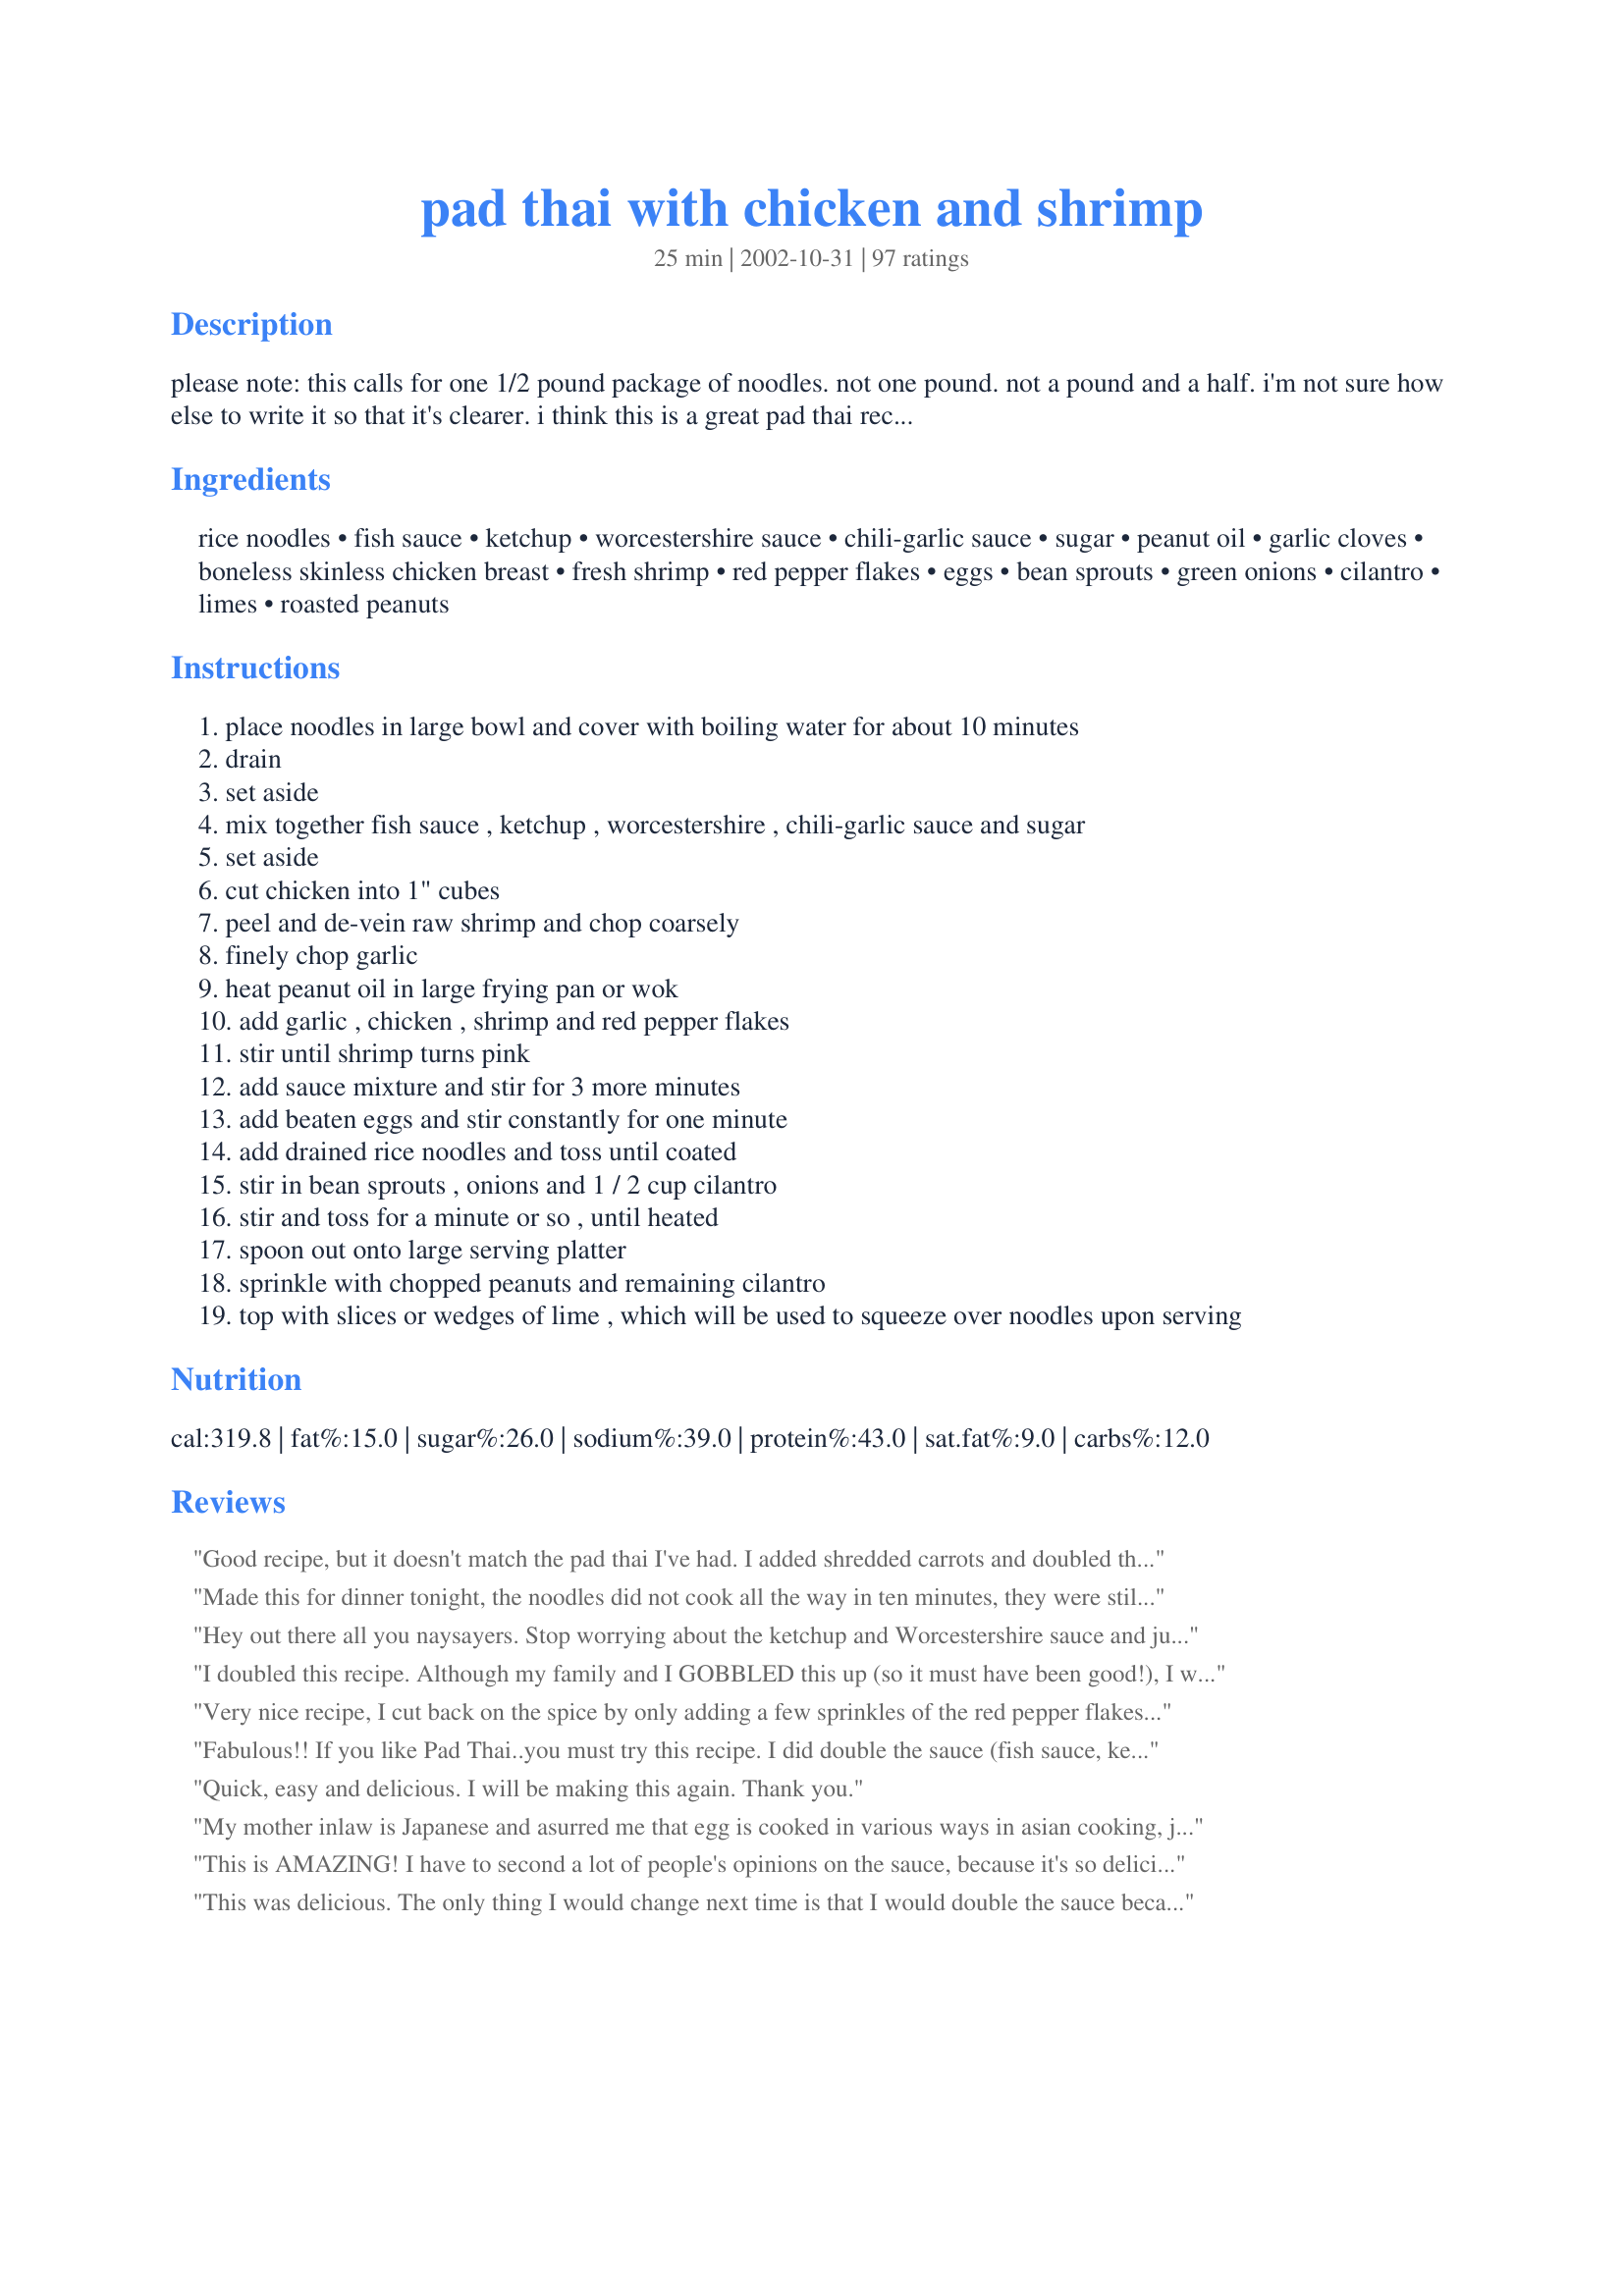
pad thai with chicken and shrimp
Preparation time: 25 minutes

please note: this calls for one 1/2 pound package of noodles. not one pound. not a pound and a half. i'm not sure how else to write it so that it's clearer.

i think this is a great pad thai recipe - quick and easy. it's certainly a favourite in our house. i would suggest making a double batch of the sauce, so the dish is even more flavorful. for those with milder tastes, cut back on the red pepper flakes. the recipe as is has quite a bite to it. this isn't a "authentic" pad thai recipe, so if that's what you are looking for, then this may not be it.

Ingredients:
rice noodles, fish sauce, ketchup, worcestershire sauce, chili-garlic sauce, sugar, peanut oil, garlic cloves, boneless skinless chicken breast, fresh shrimp, red pepper flakes, eggs, bean sprouts, green onions, cilantro, limes, roasted peanuts

Steps:
place noodles in large bowl and cover with boiling water for about 10 minutes
drain
set aside
mix together fish sauce , ketchup , worcestershire , chili-garlic sauce and sugar
set aside
cut chicken into 1" cubes
peel and de-vein raw shrimp and chop coarsely
finely chop garlic
heat peanut oil in large frying pan or wok
add garlic , chicken , shrimp and red pepper flakes
stir until shrimp turns pink
add sauce mixture and stir for 3 more minutes
add beaten eggs and stir constantly for one minute
add drained rice noodles and toss until coated
stir in bean sprouts , onions and 1 / 2 cup cilantro
stir and toss for a minute or so , until heated
spoon out onto large serving platter
sprinkle with chopped peanuts and remaining cilantro
top with slices or wedges of lime , which will be used to squeeze over noodles upon serving

Reviews:
Good recipe, but it doesn't match the pad thai I've had. I added shredded carrots and doubled the sauce. It's a good basic recipe.
Made this for dinner tonight, the noodles did not cook all the way in ten minutes, they were still hard. Also I did as many others suggested and doubled the sauce, and added the peanut butter. There was still not enough sauce! It had great flavor, although a little too salty for our taste! I may try again... but will have to tweak.
Hey out there all you naysayers. Stop worrying about the ketchup and Worcestershire sauce and just make this! This was so tasty! My family loved it! Based on the recommendations of others, I doubled the sauce ingredients. The package I used had 13 oz of rice noodles, and this recipe still worked fine. I made a few small changes. I used 1 lb of chicken, 1 lb of shrimp. I cut back the red pepper flakes to 1/4 tsp. Instead of incorporating the eggs, I scrambled them up into small bits ahead of time and then incorporated them when I added the onions and sprouts. My sauce was a little thin, probably because I didn't incorporate the eggs, but it worked out just fine. I totally forgot to add the limes at the end, but we still loved it. My 5 year old thought it was a bit too spicy, but she kept coming back for more after her lips cooled off. My 15 month old daughter cleaned her tray. I guess her milk bottle helped cool her down. She LOVED it. Definitely a keeper. Thanks so much Martha!
I doubled this recipe. Although my family and I GOBBLED this up (so it must have been good!), I was disappointed because I don't think it has enough of an authentic Pad Thai taste. Although I didn't have any roasted peanuts, which I know really adds to the flavor. I think I will keep searching for the perfect Pad Thai recipe.. :-/
Very nice recipe, I cut back on the spice by only adding a few sprinkles of the red pepper flakes as the chili-garlic sauce I found was quite spicy on its own. Had a nice light spice to it that was not overpowering, add more spice though if you like it hot. Will make again for sure.
Fabulous!! If you like Pad Thai..you must try this recipe. I did double the sauce (fish sauce, ketchup, worcestershire sauce, chili-garlic sauce & sugar), as suggested, and it was perfect. Please don't be afraid of the fish sauce..you are sure to love it in the finished product. On step 10: I added the chicken first and stir fried it for a few minutes before adding the shrimp, garlic & red pepper. I LOVED this recipe. Thank you so much!! P.S. Next time - As I'm the only one in my family who likes cilantro, I'll only use half the suggested amt. and add it only on top of mine. The limes are opt. for us too..I had it without and still loved the result.
Delish!!
Quick, easy and delicious. I will be making this again. Thank you.
My mother inlaw is Japanese and asurred me that egg is cooked in various ways in asian cooking, just like other cultures. Though this Pad Thai is not like most Asian recipes, she says the taste is not that far off from some of the regional dishes back home. Not her area, but many that she visited growing up
This is AMAZING! I have to second a lot of people's opinions on the sauce, because it's so delicious you will probably want to have way more of it than the recipe ends up making. I actually make only enough noodles and chicken for two servings (about 8 oz chicken total, and no shrimp), but I just cut the sauce ingredients in half, as though I were making enough sauce for 4 servings. So in a sense, I double the sauce but only make enough for two servings. Anyway, I use all the exact ingredients and it turns out amazing every time - and with enough for lunch leftovers the next day! Perfect and easy!
This was delicious. The only thing I would change next time is that I would double the sauce because it was slightly dry. (I should have read the reviews first and I would have known to do that to begin with). I couldn't find fish sauce so I bought oyster sauce instead and used that. I don't know if they are the same thing, or if they are totally different, but either way it seemed to work. I didn't use the shrimp, bean sprouts or limes and it was still delicious. My grocery store didn't have rice noodles so I used angel hair. It would have been better with the rice noodles but the angel hair was a decent substitute. Thanks for the recipe!
Fab! Made as directed but did not have roasted peanuts, which would be great. My daughter didn't care much for the texture of the rice noodles.
Made this tonight and it was very yummy. I took the suggestions to double the sauce and it was perfect. Will definitely make this recipe again. It's a keeper :)
Made as directed. Rather like stirfry, this is quickly put together if you patiently assemble the prep beforehand. My husband is not generally a Pad Thai lover, I was indulging myself with this recipe, but he loved it, wants it again! Go figure! So thanks for a great recipe :) Made for Name That Ingredient Tag Game
Great dish, easy prep.
Loved it, loved it ! Next time I will only use shrimp because I found myself picking around the chicken to get to the shrimp. The flavors were wonderful. Thank you
Delicious!
Not authentic, but very good! I didn't have any Worcestershire sauce so I used a sweet soy sauce. I also had to replace the sambal oelek with sriracha like some others have. Used marinated tofu cakes in place of the meat. Yum!
I had read all 86 of the reviews.... Is this an authentic Pad Thai...no...but your description of this recipe says it is not an authentic. Is this recipe good....no...it is a delicious recipe..... But a definite must in doubling the sauce or even tripling for sure. To the sauce I did add 1 Tbs of peanut butter only because I like the taste of peanut butter in my Pad Thai's. Also I cooked the chicken first then added the shrimp, being that chicken takes a little longer than shrimps. And I did cook my noodles according to the package directions. Otherwise made the recipe as it is. Served mine with some edamame beans.....This really made for a very yummy lunch. I have actually made this again this past week with Pork tenderloin thinly sliced with some shrimps, and that turned out really delicious too....Definitely has a good bite to it with the garlic chili sauce...especially when you are doubling the sauce. Really doesn't need the extra pepper flakes at all. Thanks for sharing a quick wonderful tasting recipe Martha !! We all enjoyed it.
Yum! This was lovely. My husband made this tonight. It was really nice and he was most impressed (and it takes a lot to impress him) We used left over roast pork instead of the chicken and shrimp because that is what we had. But next time we will try the recipe exactly. Thank you for a lovely recipe :)
Easy and quite tasty. I agree that the recipe as-is is too dry. Next time around, I'll be doubling the sauce as suggested. I will be making it again! Thanks!
Tonight was the second time I made this and both times it's been excellent. I did make a couple of changes, though. First, I just don't feel right about using Ketchup and Worcestershire in a Thai dish, so I used a tsp. of soy sauce and tomato paste (which is probably not authentic, either, but isn't ketchup). I also doubled the sauce and am SO glad I did. This is very, very yummy and a breeze to make if you get all of your prep together before heating the oil. Thank you so much, Martha!
This was WONDERFUL! Really flavorful and tasty... be sure not to forget to add the extra cilantro and lime juice at the end as this really makes a delicious flavor difference!! Not sure I can compare it to a traditional or "real" pad thai like some of the others as I've never had any other before, but my bf and I both loved this one and we will definitely be making it again in the future :) Thank you so much for the recipe!
Ehhhhhh, not as great as I was expecting, especially with the 4 star review. I did as others said and tripled the sauce, and left out the shrimp and added a little more crushed red pepper, but other than that, made it as the recipe directs. Tripling the sauce did the trick, it had about the right amount (although I like my food extra saucy!) My biggest complaint was the smell. I think it was the combo of fish sauce and ketchup, but it was really unappetizing. Once it all came together with the cilantro and onions, it did taste pretty good, was spicy and filling, but it's hard for me to get over that ketchup-y, fishy smell (that's still lingering around my apartment.) I might try this one again, but I wasn't highly impressed.
I gave this one star because it is not horrible. The meal itself is edible but not enjoyable if you want to eat Pad Thai. I have had Pad Thai at five different restaurants. They all tasted relatively different and they were all pretty good. This recipe should not be called Pad Thai. Maybe "Fish Sauce Noodles and Ketchup"? I feel bad for rating it horribly but I felt that I had to be honest. I would not be happy if I was served this at a restaurant. Pretty obvious ketchup taste.
This meal was really good. My family loved this meal. I love pad thai and I have always had a difficult time making it. This recipe was close to restaurant quality. I doubled the sauce and left out the cilantro (I don't care for cilantro). My family wants me to make it again. I consider that a success!! One piece of advice -- when soaking the rice noodles - stir them frequently or they will stick together. It's not fun pulling them apart!!
This recipe is way yummy and quick to prepare too. I made one change and decreased the amount of meat. I used one chicken breast which I thinly sliced and 1/3 lb shrimp which I cut in half to make bite sized pieces. This recipe makes a pretty big batch, my kids and I ate it for dinner and I have a bunch of leftovers.
Okay, this is the BOMB! I have searched and searched to find a pad thai recipe this good. I added a little extra garlic and hot pepper. Tossed the noodles with a little peanut oil to cut down on dryness. Restaurant quality!!
My family enjoyed this dish. I doubled up on the sauce used a finer noodle (only one on hand), added snow peas, tofu in addition to the chicken shrimp and eggs. This was totaly enjoyable and I would definitely makes this again.
The taste is pretty good, but I'm not sure about the measurements. I think 1 lb of noodles is too much. The same goes for the chicken and shrimp. It turned out too dry. There wasn't enough sauce.
Flavor was very good, but 1Lb of noodles is enough. The sauce went the distance with 1 Lb, but the with the other 1/2 lb, probably wouldn't have cut it. Make it to these specs and you will not be disappointed!
My hubby and I love this recipe. I double the sauce to match the noodles. I've made this recipe multiple times. Definitely try it.
Very good....I too doubled the sauce and was glad I did.
We love Thai food at my house, and this one kept calling to me, so I made it. DS thought it was excellent, and I have to admit, I really enjoyed it too! I did double the sauce, as another poster did, and I made with 1 lb. shrimp and 1/2 lb. of scallops, and cut the scallops in quarters, as they were big. Excellent, thanks!
This was my first attempt at Pad Thai. I really liked the flavor of this recipe. I did use only shrimp and no chicken because that is what we had on hand. Also, I think I used the wrong type of noodles. Mine were really thin compared to what I normally get at a restaurant if I order Pad Thai. Also, I doubled the sauce but I also added too many noodles so I think I probably ended up with the amount of sauce the recipe would produce without doubling and I wished it had more. Served with Recipe #154029 and Recipe #103243. Thank you!
Loved it, next time will use half the amount of noodles I used and will add some stir fry veggies. I will definitely make it again.
This was definately a change of pace. It was really good but a tad bit sweet. I noticed that our chili-garlic sauce and our fish sauce was the kind with sugar in it, so maybe that affected the taste a bit. I'll make this again definately, and adjust the sugar. Great potential, and with a lil tweaking this will become a regular in our menu. Thanks!!
Loved it! Made this for dinner and the entire family enjoyed it. I did double the sauce portion, which was perfect. We like spicy food, so we threw in a little more of the chili sauce. Also, substituted ground chicken for the chicken breast. Just as good. This will be a recipe we keep coming back to! Thanks!!
Fantastic!! I doubled the sauce as everyone had suggested and added 1tbsp of peanut butter to it. That made the perfect amount. I eliminated the shrimp and chicken and used well drained med firm tofu cut into 1/4" sticks. I added them at the same time as the garlic, along with a hand full of snow peas and bamboo shoots. This is my new favourite recipe!!
I adjusted the noodles down to 1/2 pound per Martha's instructions to me, but doubled the sauce anyway - I like stuff juicy - and this was perfect! Thanks - I've been looking for a pad thai recipe and I have definitely found a real keeper.
I've had the good luck to be exposed to authentic Thai food in a variety of restaurants and in private homes. Unfortunately, this recipe is not authentic pad thai.

Good pad thai is not hard to make and tamarind is not particularly hard to find if you have access to an Asian market - I would recommend trying a different recipe.

The hubby said it tasted good, but not good enough to make it again.
Tasty, easy & quick. We topped ours with roasted cashews instead of peanuts. Yum!
This was good, but definitely not the best I've ever had. Couldn't find sambal oelek, so I had to use sriracha. HOT! It was a little too sweet for my taste--I prefer more of a peanut-y pad thai. Very simple and easy to follow recipe, though. I will make it again, but yeah, not very authentic.
Yum! I omitted the fish sauce and it was great! :)
I enjoyed this. It was almost right, but something about the sauce was not quite there for me. I think maybe I would use only half of the ketchup. I doubled the sauce and the shrimp and chicken. It was very good the leftovers are good as well.
Yummy, only had rice vermicilli, didn't have any shrimp and used cashews instead of peanuts, still tasted great. Next time I will stick to the recipe, this one is a keeper. Thanks for posting.
We enjoyed this! I added some peanut butter and it was perfection! We will make again!
This is just so good...quick, easy and perfect for a weeknight meal. To those who rate without tasting - why? Maybe it doesn't have tamarind juice but I know that I have ketchup and Worcestershire in the house all the time so I don't need to make a special trip when the craving for this absolutely delicious dish. We were surprised that the kids enjoy it too (we did of course cut back a bit on the spices). I don't know that we have had it the same way twice - a great dish to finish up some veggies (I know not "authentic" but yummy). Thank-you Martha.
PS - it is very much Pad Thai...
Yummmm, made it with shrimps only (no chicken) and doubled the sauce. I omitted the chilli flakes and used chilli paste instead of Sambal Oelek. Will definitely make again and again and again. Thanks for posting.
Delicious recipe! I made this tonight and it was a huge hit with my family. I loved how quick and easy this was to make. Thank you for this recipe.

For the folks who have a problem with ketchup being an ingredient - my husband used to work for a restaurant food distributor and he told me that every Asian and Thai restaurant in town ordered at least 2 cases of #10 cans (the huge cans you see at Costco) EVERY WEEK. The go through tons of the stuff. You'd be surprised at what you are actually eating at these restaurants. Ketchup is very much an acceptable ingredient, even in Thailand, where many of our local chefs are from.
I've made this about 6 times. It is truly better if you double the sauce. I also added more sambal oelek. I've never been dissappointed with any variation on this recipe.
WOW, we loved this dish. None of us have had pad thai but we are planning on making this a lot. I really liked all the different flavors in this one dish. Its quick and easy to prepare. So good. I can't wait to make again, thankyou for sharing this recipe.
This was a good simple dish, but I don&#039;t think I will make it again. I tripled the sauce, which was good, but the ketchup smell was not appetizing.
So I decided to make this recipe today but incorporated some of my own cooking experience and deviated a little from the recipe. 1. MAKE DOUBLE THE SAUCE OR CUT THE AMOUNT OF NOODLES IN HALF!!! Absolutely necessary for it to taste good. 2. Use the white parts of the green onion and add with garlic. The white onion part will make the shrimp have a great flavor. 3. Drizzle 2 teaspoons of sauce onto the shrimp and chicken (I used tofu) to let the marinade soak into the ingredients. 4. After adding the noodles, if you see that the noodles are drying up, add room temp water until it moisten up a little. Do not add too much or else the noodles will become soggy. 5. I added fresh red peppers (sliced) at the end with the cilantro and green onion instead of red chili flakes at the beginning. This makes the dish spicier. Overall great dish.
This is really good! Next time I think I&#039;ll make twice the amount of sauce, as it was a little drier than I would have liked. But I loved it and will make it again.
The need to review this recipe is way over due. This is an awesome recipe, so easy and tasty. I also suggest that you double the sauce.<br/><br/>For the chili-garlic sauce. I use sweet chili sauce and mix it with mince garlic. <br/>Also I never have freash shrimp availible. So I normally cook the chicken then add the cooked (thawed) frozen shrimp in last minute before adding the sauce and egg.
Great flavor. Recreates the taste of expensive restaurants. When I do this recipe again, I will definetly cut down on the spice.
I don't want to be mean, but this was probably the worst recipe I've ever tried. I had to dump the entire thing in the trash, and now we're going to get take out.
This is SO good, I'm only a quarter of the way through my bowl that I need to stop and write how much I love it!! It was so incredibly easy and quick to make that we ended up having an early dinner - and no one's complaining! I doubled the sauce ingredients (though kept the sugar amount the same, as I didn't want it too sweet) I had some leftover cooked ground beef so I used that since I didn't have any chicken. The eggs thickened the sauce up nicely. I made a pretty large amount of food, but between the three of us tonight, there may not be much left by the time we're done! I didn't have any bean sprouts either (it was a bit of a last minute meal) but I added some green beans for some crunch. Skipped the cilantro and nuts as well. It's also great with and without the lime. Wonderful dish and everyone loves it! I definitely need to make this again! Thanks so much!
Made this last week and whilst very tasty, it is not pad thai. Pad Thai sauce requires tamarind and palm sugar at the very least. This is more of a generic Asian noodle dish. Very tasty though and even the kids ate it!
Very disappointing! This is NOT authentic! I was expecting this to taste like the Pad Thai I've had in some great Thai restaurants - but FAR from it. The ketchup should have been my first clue - let it be yours....
WOW this is just as good as my favorite Pad Thai at the restaurant! I used only two chicken breasts and also used half of the package of rice noodles - 2 bundles of the four. I doubled the sauce as everyone suggested - can't wait to make it again.
I have not yet made this, but a couple of ingredients stood out in my mind -- the ketchup and the worcestershire sauce. Traditionally, pad thai sauce uses tamarind juice in conjunction with the fish sauce, sugar, and chiles. Then again, vinegar is a big component of both ketchup and worcestershire so they would provide some sourness, which I guess is the point (and there's even a little tamarind in worcestireshire sauce). But I was curious why the call for these two ingredients when tamarind is pretty readily available nowadays. Thanks!
Love this, especially the combo of the cilantro and peanuts. My husband begs for this as often as possible! It's NEVER too hot for us and there's always a ton left over. Thanks!
I thought this was great! Once the prep work was done, throwing this meal together was a snap. I was able to put the noodles in the water and have the rest done just in time to toss it all together. The sauce had great flavor and just the right amount of bite for us... and I really liked the chicken/shrimp combo too! Thanks so much for posting your recipe, it was very good :)
Liked it very much, but VERY spicy, but I think I got the wrong kind of chili-garlic--it was more of an oil. I even cut back on it, only used 1 tsp, and it was extremely spicy. And beware, do NOT overcook the noodles. They become extremely mushy. I tried a second batch of noodles and only left it in the water for 5 minutes and they turned out just right. Still feel like something is just not right with the sauce, I too might cut back on the ketchup next time. We will definitely try this one again!
I disagreed with the ratings here so much that I am now forced to leave my 1st review. I have been cooking for many years, all types of food including Thai. I followed this rec. to a "T" & it was nothing at all like authentic Pad Thai. I know Pad Thai varies greatly but this was just SO SO..so I will not make it again or recommend it. For one thing, I never in my life heard of cooking egg in any Asian or Thai dish without doing so in a small amt. of oil 1st to get that nice scrambled egg consistency. This rec. says to put the egg in with all of the liquid etc.. it never can form into an egg like that. YECH... Besides that, I would rate it a 5 on a scale of 1 -10 at best. Never again.
This was really good! I did the egg a little differently, and slightly scrambled it in the pan (away from the chicken) before adding the sauce, but other than followed the recipe exactly and it was delicious. Thanks for posting
We all really loved this. I followed the advice of some other reviewers and doubled the sauce (except for the sambal oelek - my family are whimps). I also upped the shirmp to 1 lb.
Great flavor! The only thing I will do differently next time is to let the egg set up a bit before stirring it into the sauce, because It seemed to make the sauce too thick. I'll definitely be making this again! Thank you!
I don't really know what to say about this recipe. It doesn't look like a Pad Thai recipe. Where is the tamarind juice? And as far as I know there is no ketchup and Worcestershire sauce in an authentic Pad Thai. It may taste good as everyone else claims but I would bet that it isn't Pad Thai.
This is an awesome recipe. I doubled it, and added a little peanut butter (I love peanut butter) and used fresh shrimp. It was easy and it turned out just perfect. WE LOVED IT! Thanks for sharing!
Yum! We loved this recipe. I did double the sauce, but I backed off on the fish sauce a little bit. Also, I used tofu instead of the chicken and shrimp, just because it is what I had on hand. Great recipe, will definitely make it again!
Tasty, but about as Thai as sweet & sour chicken balls are Chinese. The sauce MUST be doubled as mentioned by others. Thanks for an interesting version Martha.
This was totally fantastic! I doubled up on the sauce, just because I prefer a wet pasta or dry. I had left overs and sent it over to my sister (daughter went to go visit her) and my sister&#039;s neighbor was visiting her, they both raved and loved this recipe!&lt;br/&gt;They asked for a copy. I told them to visit recipezaar :)&lt;br/&gt;Thank you for a fantastic meal. I have tried other Pad Thai recipes, but my family insist&#039;s this is the BEST!! I have made it many times and will continue to do so.
Made as written with a couple of exceptions. I did double the sauce per the suggestions in the heading. I added about one tablespoon of oyster sauce which I already had on hand and it is in many other recipes. I also added some baked tofu (yum) and a bit less of the chicken and shrimp. One thing I will definitely do differently next time is beat and cook the egg first, then set aside to add to the cooked mixture (this is how I've made pad thai in the past). I felt adding it to the sauce made it cloudy and won't use that method in the future. other than that, a great pad thai recipe I will use again, thanks!
Very Good...but not quite spicy enough for me. Will do again but double the red pepper and maybe do 3 tbsp chili sauce 1 tbsp ketchup. Thanks!!
I halved the amount of noodles instead of doubling the sauce, and I still felt there wasn't nearly enough sauce to coat the noodles. I ended up adding some peanut butter for more flavor, which really covered all the flavor in the rest of the sauce. I think this could be good, but the measurements would need to be updated to balance the dish out.
This dish was my first attempt at cooking anything Thai, and I was very pleased at how well it turned out! After reading the other suggestions, I doubled the sauce. I can't imagine doing it any other way. A great find!
To echo what others have said: would recommend the double batch of sauce and there is A LOT of cilantro. The 1 cup chopped cilantro that I mixed in was plenty - I did not add the remaining cilantro at the end. Also, I didn't chop the peanuts - just sprinkled whole ones on top. Delicious! Thank you!
Great recipe! I too recommend at least doubling the sauce. If you really want the flavor to pop try adding a half teaspoon of curry powder. I do this all the time now and it&#039;s awesome!! Thanks.
I ommited the shrimp- as my DH is allergic, but I added pineapple and a little Sriracha to kick it up a notch (or 4). I also added about 1 tbsp Jiff Peanut Butter (yummy) HOWEVER... I didn't bother making my own sauce- I went to my organic grocery store and bought a pad thai sauce... 2 tbsp of that later and voila... i cut out a lot of extra steps- and it was still great.
This is a fantastic recipe considering you can find everything in your local grocery store no matter where you live. When I can get my hands on tamarind sauce (we live in a rural area where it is not available) we add a few tbs of it and cut back on the ketchup and omit the worcst. Also we add a tbs or two of peanut butter. We double the sauce as others suggested. This is a regular in my house now and I would recommend it to anyone who is craving phad thai. I have had better in restaurants but I have also had many that did not stack up to the flavours in this. Thanks so much!
Very good! This was my first try at Thai cooking, and it was close to what I've had in restaurants. I used a pound of shrimp and will next time also add some chicken. Didn't have Worcestershire sauce which I had thought I had, so subbed soy sauce. Will definitely make this again and double the sauce for sure!
We loved this dish! I did add more noodles, I used a 14 ounce box and did double the sauce as suggested. It was wonderful! I followed the directions as written (other than the noodles) would not change a thing.
Super! I've recently been hitting the Asian recipes pretty hard and I am always looking for things that are easy to cook, with tasty results. This works!
Great & easy recipe to have, using pretty simple ingredients and the taste is wonderful! I added a tablespoon of peanut butter to the sauce. Enjoyed the large quantity of garlic for good health! Thanks for a wonderful Pad Thai Recipe!
My husband and I both thought this recipe was okay. It is nothing like the dish we get at the Thai restaurant in town. I thought it was too try. Maybe need to do as others have said and double the sauce.
Firts time I've tried a Pad Thai recipe. It was a request by my son who gets a Pad Thai from one of those mall outlets. He enjoyed the flavour but I reduced the sambal oelek for MIL. He added extra at the table. He also thought there should be more sauce, even though I doubled it. As first timers we thought it was quite good. Thanks for the post.
This was pretty close to what I have had in restaurants. Definitely needs the sauce doubled but the chili-garlic sauce was too much for our taste. I like a little spice but the kids wouldn't eat it because it was too much for them so next time I would use half as much. We also used just chicken since I didn't have any shrimp and it worked out well.
loved this..doubled the sauce as suggested by reviewers. I also increased the red pepper flakes as we like spicy. Will make this again and again.
We loved this! Even my 3 kids ate it up. I made it just as is, but left out the shrimp. Super easy and yummy! Can't wait to make it again.
Fantastic recipe! I didn't have chicken and I used canned small prawns but that was the only difference. Great method with the egg. I realised after eating I forgot the lime, and was really sorry- next time!
This is a really flavorful recipe. This might not be too classy, but I added a spoonful of peanut butter to the sauce because I really like a peanuty pad thai. Thanks for sharing this great recipe.
OK, I made this again and doubled the sauce but it was a little too much for me so I suggest doing 1.5x the sauce amount. Also, this is four servings for me, not eight, but I leave out the chicken and do it with half shrimp half scallops. Those changes take the calories to about 730. Another reason the calories are higher when I calculate it is that I used whole wheat angelhair instead of rice noodles, I couldn't find rice noodles.
Hmmm....this was certainly edible and quite easy to prepare with nice instruction, however, it just did not have the right taste/flavor for me that I was hoping for. The only thing I did different was double the sauce and use xtra shrimp and no chicken. Otherwise, prepared exactly as written. Thank you for the post, as it seems to work for most people!
This was delicious - my first attempt at making Pad Thai and only my second time eating it. I used chicken only and omitted the cilantro as I don't care for it. Will definitely make it again, probably with shrimp as well next time. This is also the first dish that my son has asked me to show him how to make before he moves into his own home next month!
I made this on a Lenten Friday, so I made it without chicken. I doubled the sauce ingredients and thought it could be a little saucier, so next time I'll either triple the sauce ing or use less noodles.

Having said that, this was REALLY good!! The only Pad Thai recipe I've ever made that comes close to restaurant quality. Thank you so much for posting!!!
I loved this recipe it definitely taste authentic, but like other reviews I doubled the sauce, and used a 1/2 pound of noodles it was just right. I used, oyster sauce, and I did not have peanut oil so I used sesame oil. Instead of sugar I used Asia chili sauce and peanut sauce. . It was delicious, will make again for my daughter and husband. ?
